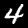
Label: 4